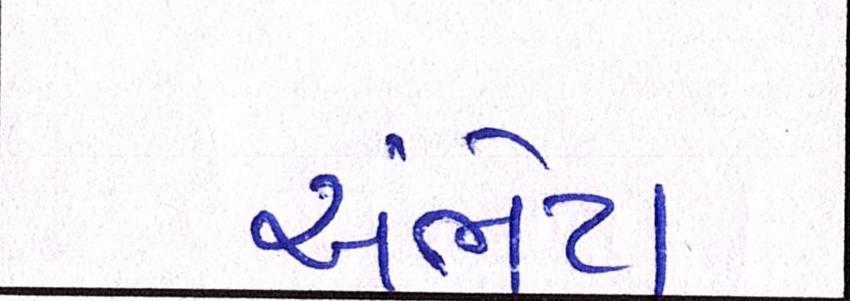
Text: અંભેટા